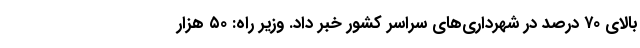
بالای ۷۰ درصد در شهرداری‌های سراسر کشور خبر داد. وزیر راه: ۵۰ هزار